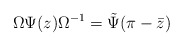
\begin{align*}\Omega \Psi(z) \Omega^{-1} = \tilde{\Psi}(\pi - \bar{z})\end{align*}